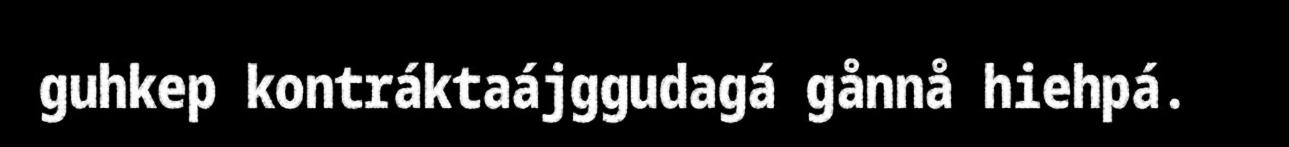
guhkep kontráktaájggudagá gånnå hiehpá.